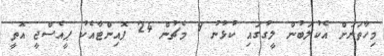
މިހާތަނަށް އެކުލަބުން ލީގުގައި ކުޅުނު 9 މެޗުން 24 ޕޮއިންޓާއެކު ޕީއެސްޖީ އޮތީ